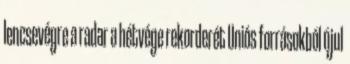
lencsevégre a radar a hétvége rekorderét Uniós forrásokból újul